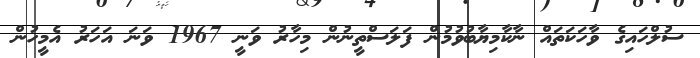
ސުލްހައިގެ ވާހަކަތައް ނާކާމިޔާބުވުމުން ފަލަސްތީނުން މިހާރު ވަނީ 1967 ވަނަ އަހަރު އެމީހުން